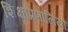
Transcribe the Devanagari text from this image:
शिक्षाप्रणालियों